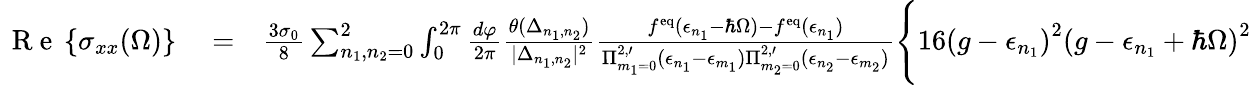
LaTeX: \begin{array}{rlr}{\, \mathrm{~R~e~}\left\{ {\sigma_{xx}(\Omega)}\right\} }&{{}=}&{\frac{3\sigma_{0}}{8}\sum_{n_{1},n_{2}=0}^{2}\int_{0}^{2\pi}\frac{d\varphi}{2\pi}\frac{\theta(\Delta_{n_{1},n_{2}})}{|\Delta_{n_{1},n_{2}}|^{2}}\frac{f^{\mathrm{eq}}(\epsilon_{n_{1}}-\hbar\Omega)-f^{\mathrm{eq}}(\epsilon_{n_{1}})}{\Pi_{m_{1}=0}^{2,\prime}(\epsilon_{n_{1}}-\epsilon_{m_{1}})\Pi_{m_{2}=0}^{2,\prime}(\epsilon_{n_{2}}-\epsilon_{m_{2}})}\Bigg\{ 16\left(g-\epsilon_{n_{1}}\right)^{2}\left(g-\epsilon_{n_{1}}+\hbar\Omega\right)^{2}}\end{array}